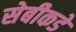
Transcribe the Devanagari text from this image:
सेबीकडे